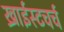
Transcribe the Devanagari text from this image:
ख्राईस्टचर्च